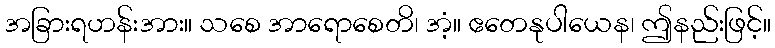
အခြားရဟန်းအား။ သစေ အာရောစေတိ၊ အံ့။ ဧတေနုပါယေန၊ ဤနည်းဖြင့်။